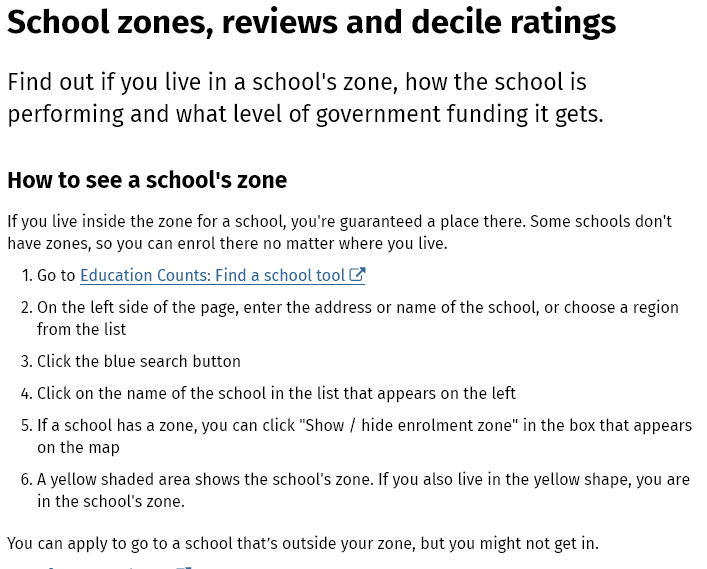
School    zones,    reviews    and    decile    ratings
  Find out if  you  live in a school's  zone,   how  the  school is
  performing    and  what level   of government    funding   it  gets.
  If you live inside the zone for a school, you're guaranteed a place there. Some schools don't
  have zones, so you can enrol there no matter where you live.
  You can apply to go to a school that's outside your zone, but you might not get in.
   1. Go to Education Counts: Find a school tool
   2. On the left side of the page, enter the address or name of the school, or choose a region
     from the list
   3. Click the blue search button
   4, Click on the name of the school in the list that appears on the left
   5. Ifa school has a zone, you can click "Show / hide enrolment zone” in the box that appears
     on the map
   6. Ayellow shaded area shows the school's zone. If you also live in the yellow shape, you are
     in the school's zone.
  How  to  see a  school's  zone